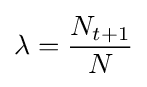
\lambda ={N_{t+1} \over N}